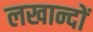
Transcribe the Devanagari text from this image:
लखान्दों